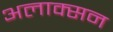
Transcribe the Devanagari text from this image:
अलाक्सन